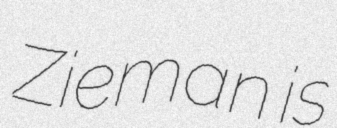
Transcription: Zieman is